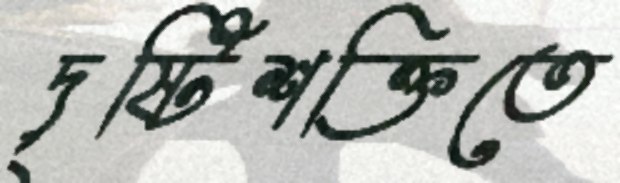
দৃষ্টিশক্তিতে